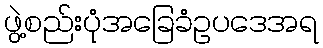
ဖွဲ့စည်းပုံအခြေခံဥပဒေအရ